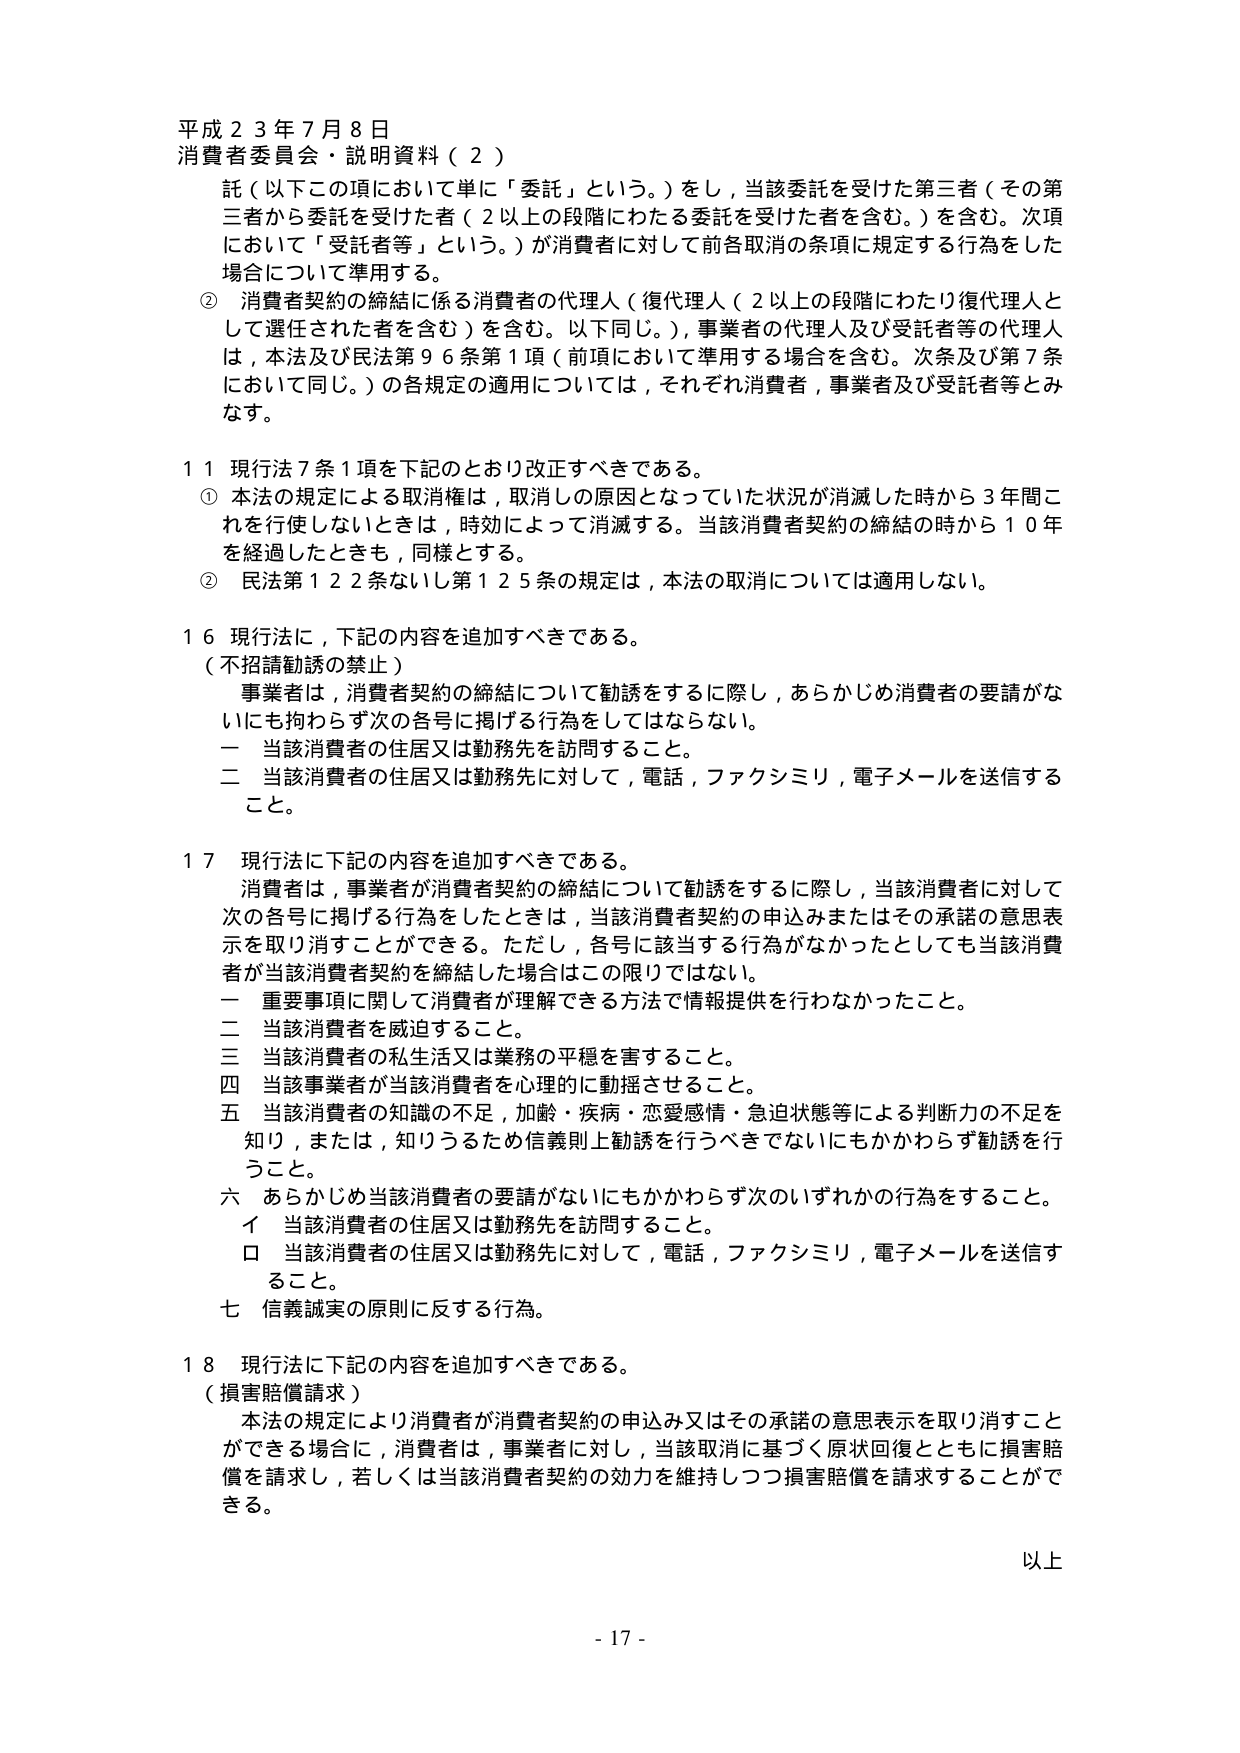
平成２３年７月８日
消費者委員会・説明資料（２）

託（以下この項において単に「委託」という。）をし，当該委託を受けた第三者（その第三者から委託を受けた者（２以上の段階にわたる委託を受けた者を含む。）を含む。次項において「受託者等」という。）が消費者に対して前各取消の条項に規定する行為をした場合について準用する。

② 消費者契約の締結に係る消費者の代理人（復代理人（２以上の段階にわたり復代理人として選任された者を含む）を含む。以下同じ。），事業者の代理人及び受託者等の代理人は，本法及び民法第９６条第１項（前項において準用する場合を含む。次条及び第７条において同じ。）の各規定の適用については，それぞれ消費者，事業者及び受託者等とみなす。

１１ 現行法７条１項を下記のとおり改正すべきである。
① 本法の規定による取消権は，取消しの原因となっていた状況が消滅した時から３年間これを行使しないときは，時効によって消滅する。当該消費者契約の締結の時から１０年を経過したときも，同様とする。
② 民法第１２２条ないし第１２５条の規定は，本法の取消については適用しない。

１６ 現行法に，下記の内容を追加すべきである。
（不招請勧誘の禁止）
事業者は，消費者契約の締結について勧誘をするに際し，あらかじめ消費者の要請がないにも拘わらず次の各号に掲げる行為をしてはならない。
一 当該消費者の住居又は勤務先を訪問すること。
二 当該消費者の住居又は勤務先に対して，電話，ファクシミリ，電子メールを送信すること。

１７ 現行法に下記の内容を追加すべきである。
消費者は，事業者が消費者契約の締結について勧誘をするに際し，当該消費者に対して次の各号に掲げる行為をしたときは，当該消費者契約の申込みまたはその承諾の意思表示を取り消すことができる。ただし，各号に該当する行為がなかったとしても当該消費者が当該消費者契約を締結した場合はこの限りではない。
一 重要事項に関して消費者が理解できる方法で情報提供を行わなかったこと。
二 当該消費者を威迫すること。
三 当該消費者の私生活又は業務の平穏を害すること。
四 当該事業者が当該消費者を心理的に動揺させること。
五 当該消費者の知識の不足，加齢・疾病・恋愛感情・急迫状態等による判断力の不足を知り，または，知りうるため信義則上勧誘を行うべきでないにもかかわらず勧誘を行うこと。
六 あらかじめ当該消費者の要請がないにもかかわらず次のいずれかの行為をすること。
　イ 当該消費者の住居又は勤務先を訪問すること。
　ロ 当該消費者の住居又は勤務先に対して，電話，ファクシミリ，電子メールを送信すること。
七 信義誠実の原則に反する行為。

１８ 現行法に下記の内容を追加すべきである。
（損害賠償請求）
本法の規定により消費者が消費者契約の申込み又はその承諾の意思表示を取り消すことができる場合に，消費者は，事業者に対し，当該取消に基づく原状回復とともに損害賠償を請求し，若しくは当該消費者契約の効力を維持しつつ損害賠償を請求することができる。

以上

- 17 -